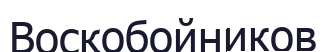
Воскобойников